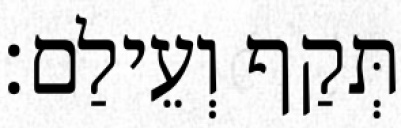
תְּקַף וְעֵילַם׃